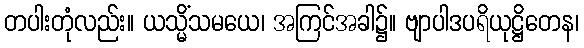
တပါးတုံလည်း။ ယသ္မိံသမယေ၊ အကြင်အခါ၌။ ဗျာပါဒပရိယုဋ္ဌိတေန၊